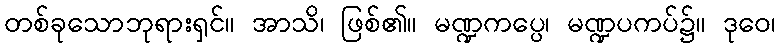
တစ်ခုသောဘုရားရှင်။ အာသိ၊ ဖြစ်၏။ မဏ္ဍကပ္ပေ၊ မဏ္ဍပကပ်၌။ ဒုဝေ၊